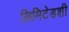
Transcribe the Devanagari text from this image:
लिमिटेडशी